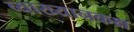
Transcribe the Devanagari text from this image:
व्याख्यानकक्ष